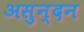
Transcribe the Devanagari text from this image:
असुन्दन